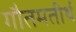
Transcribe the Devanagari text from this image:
गौतमतीर्थ